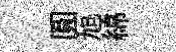
圓旭綿